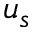
u _ { s }